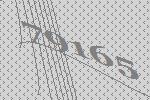
79165